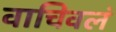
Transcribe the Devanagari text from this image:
वाचिवलं